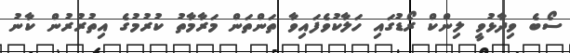
ސޯބެ ވިދާޅުވީ ލިންކް ރޯޑުގައި ހަލާކުވެފައިވާ ތަންތަން މަރާމާތު ކުރުމުގެ އިތުރުރުން ކާނު